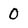
Character: 0